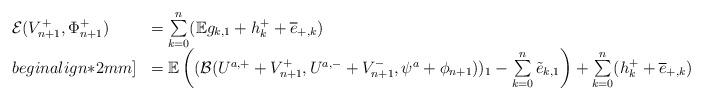
LaTeX: \begin{align*}\begin{array}{ll}{\mathcal E}(V^+_{n+1}, \Phi^+_{n+1}) & =\sum\limits_{k=0}^n({\mathbb E}g_{k,1}+h_k^++\overline{e}_{+,k})\\begin{align*}2mm]&={\mathbb E}\left(({\mathcal B}(U^{a,+}+V^+_{n+1}, U^{a,-}+V^{-}_{n+1}, \psi^a+\phi_{n+1}))_1-\sum\limits_{k=0}^n\tilde{e}_{k,1}\right)+\sum\limits_{k=0}^n(h_k^++\overline{e}_{+,k})\end{array}\end{align*}